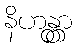
နိဟန္တွာ